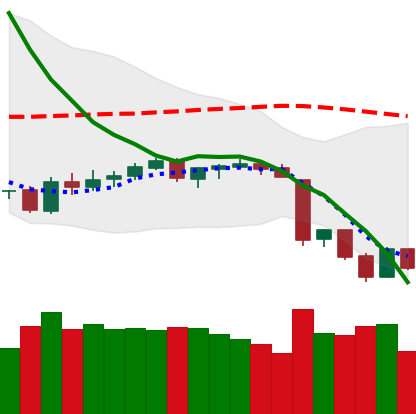
Ticker: BTC-USD
Chart end date: 2018-06-15
Forward return: 4.956%
Label: up_3_5